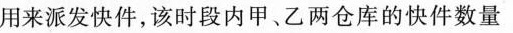
用来派发快件，该时段内甲、乙两仓库的快件数量